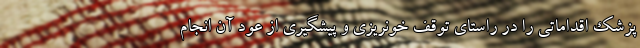
پزشک اقداماتی را در راستای توقف خونریزی و پیشگیری از عود آن انجام